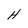
Character: H